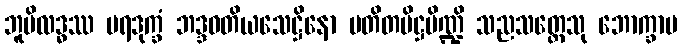
ဘူမိလဒ္ဓဿ ပရဒုက္ခံ ဘဒ္ဒဝတိယသေဋ္ဌိနော ပတိတပိဋ္ဌပိဏ္ဍိ သညသတ္တေသု ဘောက္ခာမ